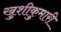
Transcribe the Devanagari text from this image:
खुशीकुमारी